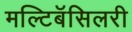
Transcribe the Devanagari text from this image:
मल्टिबॅसिलरी